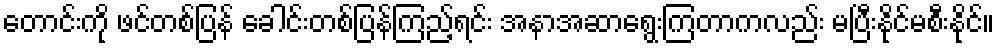
တောင်းကို ဖင်တစ်ပြန် ခေါင်းတစ်ပြန်ကြည့်ရင်း အနာအဆာရွေးကြတာကလည်း မပြီးနိုင်မစီးနိုင်။